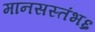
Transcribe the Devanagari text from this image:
मानसस्तंभ६